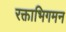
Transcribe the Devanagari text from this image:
रक्ताभिगमन